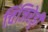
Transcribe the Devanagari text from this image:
चिंजिरेड्डी